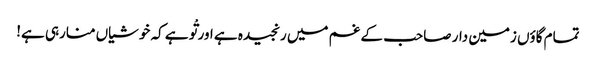
تمام گاؤں زمین دار صاحب کے غم میں رنجیدہ ہے اور تْو ہے کہ خوشیاں منارہی ہے!